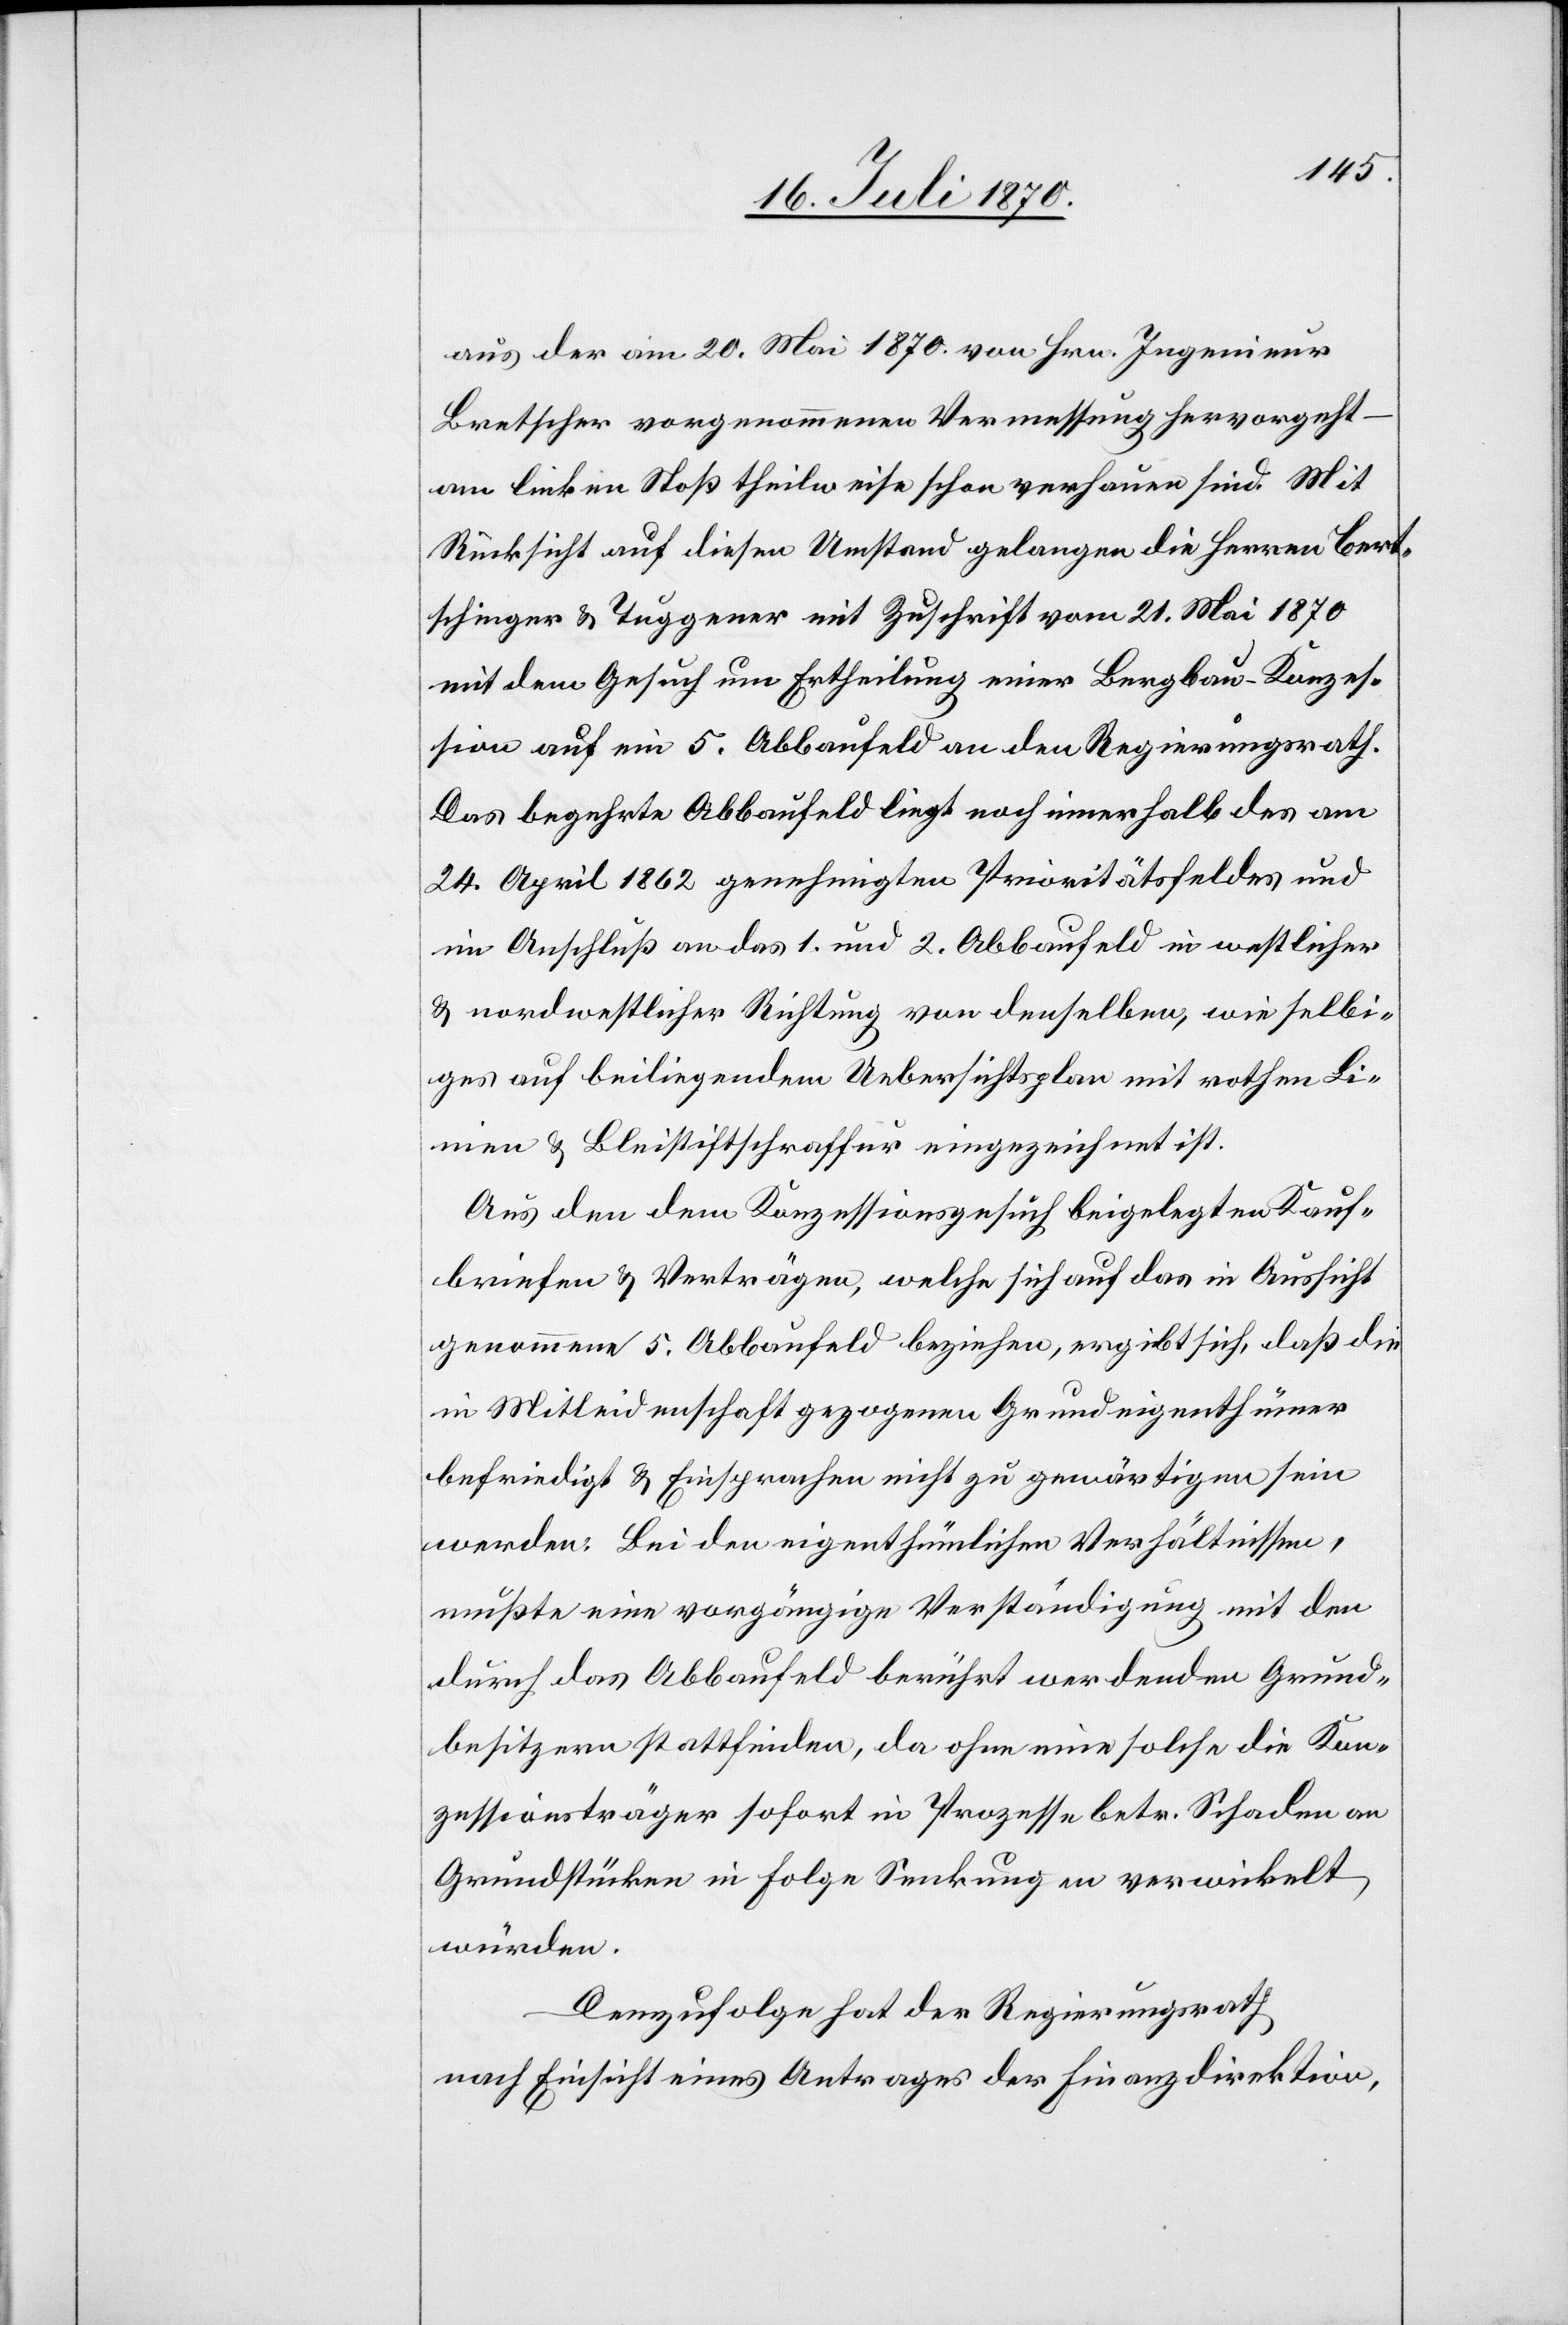
aus der am 20. Mai 1870 von Hrn. Ingenieur
Bretscher vorgenommenen Vermessung hervorgeht
am linken Stoß theilweise schon vorhanden sind. Mit
Rücksicht auf diesen Umstand gelangen die Herren Bert¬
schinger & Tuggener mit Zuschrift vom 21. Mai 1870
mit dem Gesuch um Ertheilung einer Bergbau-Konzes¬
sion auf ein 5. Abbaufeld an den Regierungsrath.
Das begehrte Abbaufeld liegt noch innerhalb des am
24. April 1862 genehmigten Prioritätsfeldes und
im Anschluß an das 1. und 2. Abbaufeld in westlicher
& nordwestlicher Richtung von denselben, wie selbi¬
ges auf beiliegendem Uebersichtsplan mit rothen Li¬
nien & Bleistiftschraffur eingezeichnet ist.
Aus den dem Konzessionsgesuch beigelegten Kauf¬
briefen & Verträgen, welche sich auf das in Aussicht
genommene 5. Abbaufeld beziehen, ergibt sich, daß die
in Mitleidenschaft gezogenen Grundeigenthümer
befriedigt & Einsprachen nicht zu gewärtigen sein
werden. Bei den eigenthümlichen Verhältnissen
mußte eine vorgängige Verständigung mit den
durch das Abbaufeld berührt werdenden Grund¬
besitzern stattfinden, da ohne eine solche die Kon¬
zessionsträger sofort in Prozesse betr. Schaden an
Grundstücken in Folge Senkungen verwickelt
würden.
Demzufolge hat der Regierungsrath,
nach Einsicht eines Antrages der Finanzdirektion,